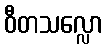
ဝီတသလ္လော